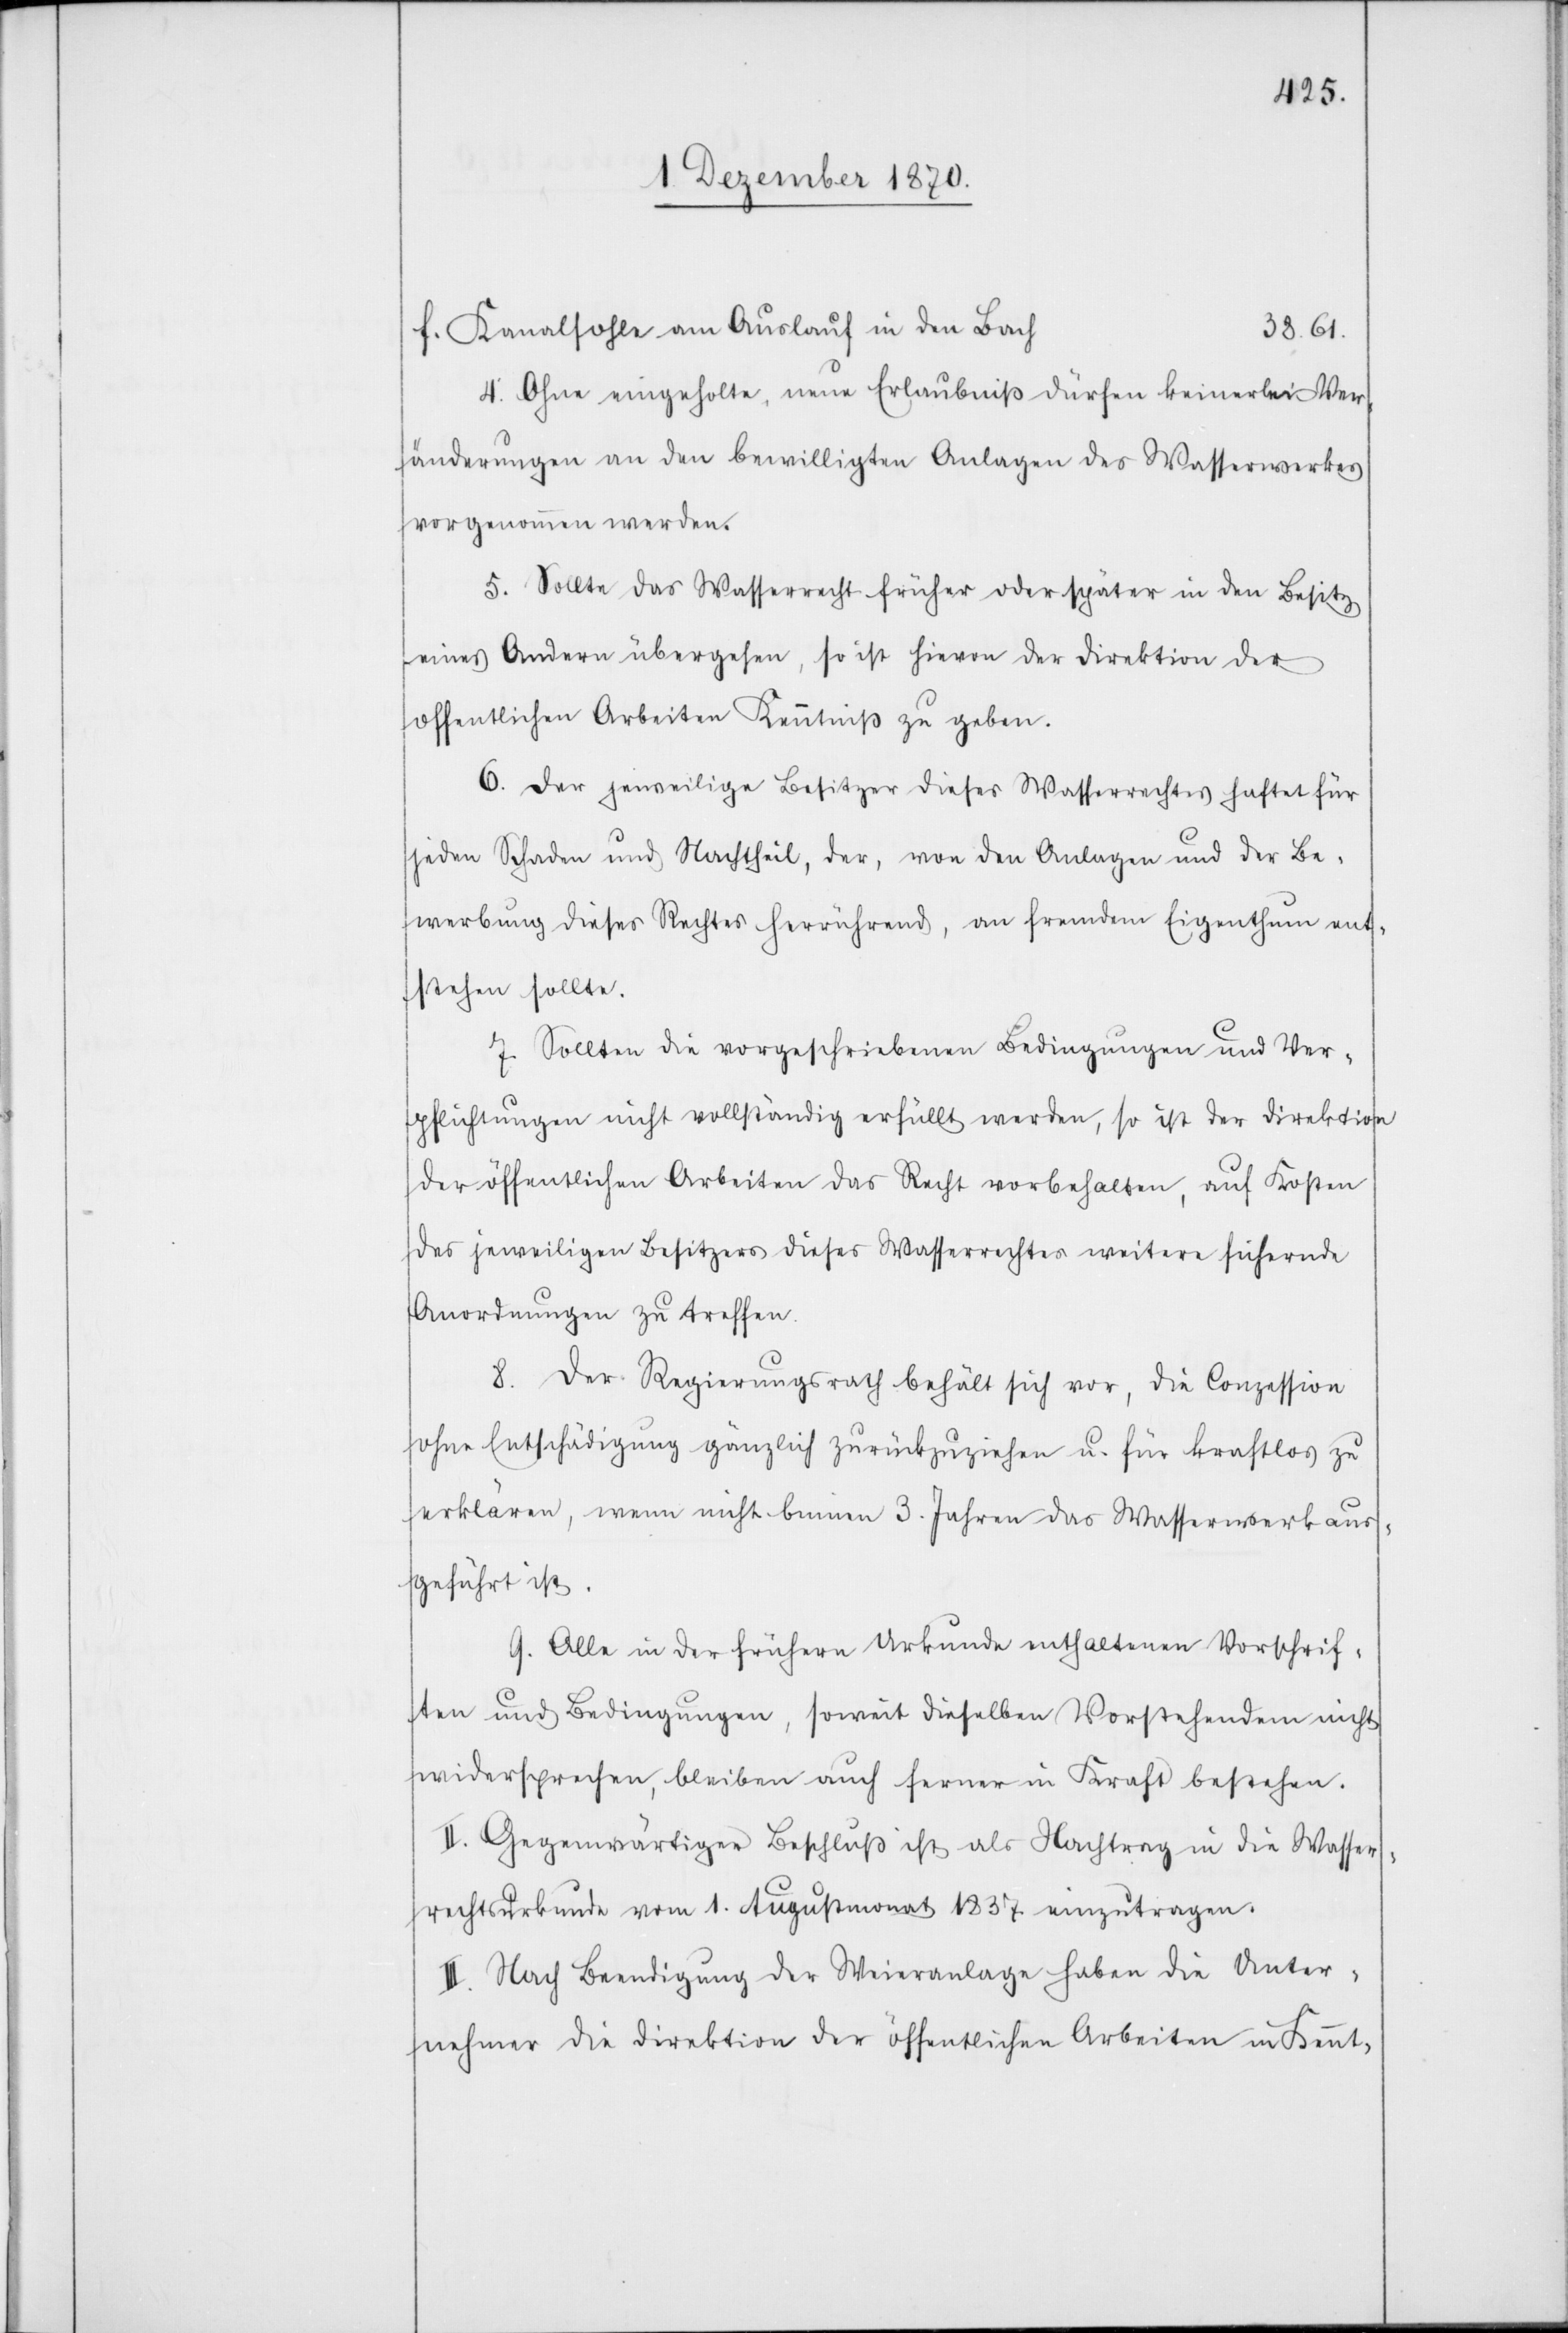
f. Kanalsohle am Auslauf in den Bach
38,61.
4. Ohne eingeholte, neue Erlaubniß dürfen keinerlei Ver¬
änderungen an den bewilligten Anlagen des Wasserwerkes
vorgenommen werden.
5. Sollte das Wasserrecht früher oder später in den Besitz
eines Andern übergehen, so ist hievon der Direktion der
öffentlichen Arbeiten Kenntniß zu geben.
6. Der jeweilige Besitzer dieses Wasserrechtes haftet für
jeden Schaden und Nachtheil, der, von den Anlagen und der Be¬
werbung dieses Rechtes herrührend, an fremdem Eigenthum ent¬
stehen sollte.
7. Sollten die vorgeschriebenen Bedingungen und Ver¬
pflichtungen nicht vollständig erfüllt werden, so ist der Direktion
der öffentlichen Arbeiten das Recht vorbehalten, auf Kosten
des jeweiligen Besitzers dieses Wasserrechtes weitere sichernde
Anordnungen zu treffen.
8. Der Regierungsrath behält sich vor, die Conzession
ohne Entschädigung gänzlich zurückzuziehen u. für kraftlos zu
erklären, wenn nicht binnen 3. Jahren das Wasserwerk aus¬
geführt ist.
9. Alle in der frühern Urkunde enthaltenen Vorschrif¬
ten und Bedingungen, soweit dieselben Vorstehendem nicht
widersprechen, bleiben auch ferner in Kraft bestehen.
II. Gegenwärtiger Beschluß ist als Nachtrag in die Wasser¬
rechtsurkunde vom 1. Augustmonat 1837 einzutragen.
III. Nach Beendigung der Weieranlage haben die Unter¬
nehmer die Direktion der öffentlichen Arbeiten in Kennt-